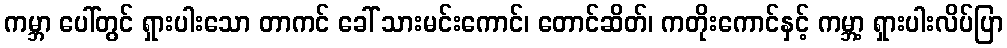
ကမ္ဘာ ပေါ်တွင် ရှားပါးသော တာကင် ခေါ် သားမင်းကောင်၊ တောင်ဆိတ်၊ ကတိုးကောင်နှင့် ကမ္ဘာ့ ရှားပါးလိပ်ပြာ